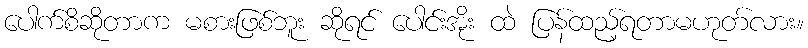
ပေါက်စိဆိုတာက မစားဖြစ်ဘူး ဆိုရင် ပေါင်းအိုး ထဲ ပြန်ထည့်ရတာမဟုတ်လား။